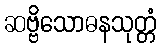
ဆဗ္ဗိသောဓနသုတ္တံ